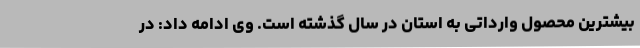
بیشترین محصول وارداتی به استان در سال گذشته است. وی ادامه داد: در